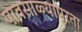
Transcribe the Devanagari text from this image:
पावसाळ्यापुरता